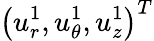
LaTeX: \left({u}_{r}^{1},{u}_{\theta}^{1},{u}_{z}^{1}\right)^{T}